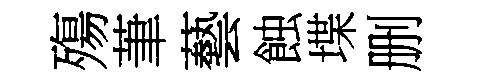
殤茟藝蝕堞删